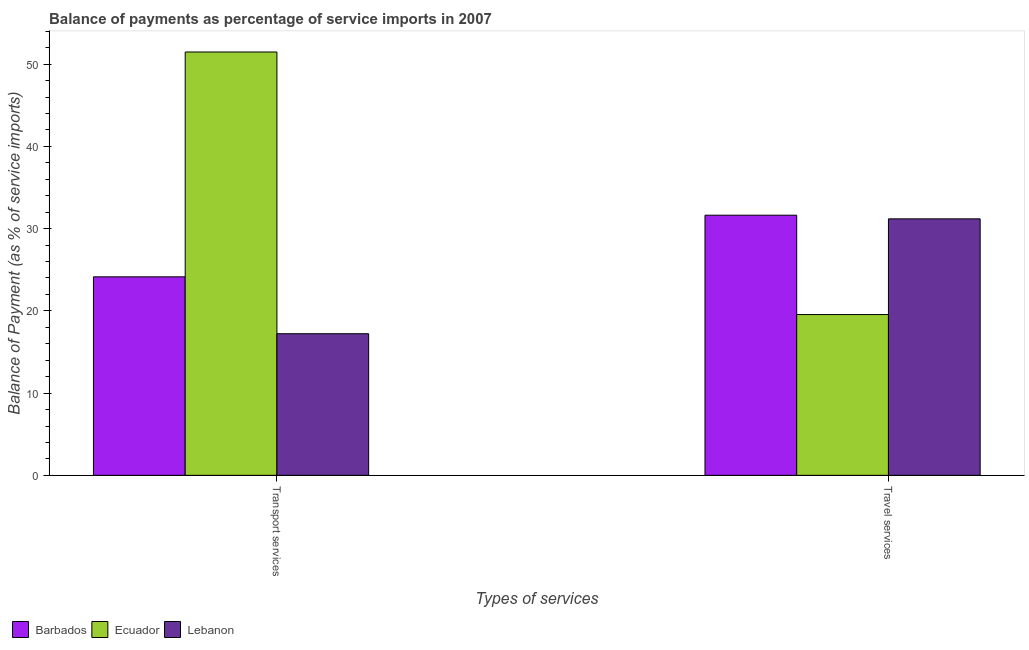
| Types of services | Barbados | Ecuador | Lebanon |
 | --- | --- | --- | --- |
 | Transport services | 24.1 | 51.5 | 17.2 |
 | Travel services | 31.6 | 19.6 | 31.2 |